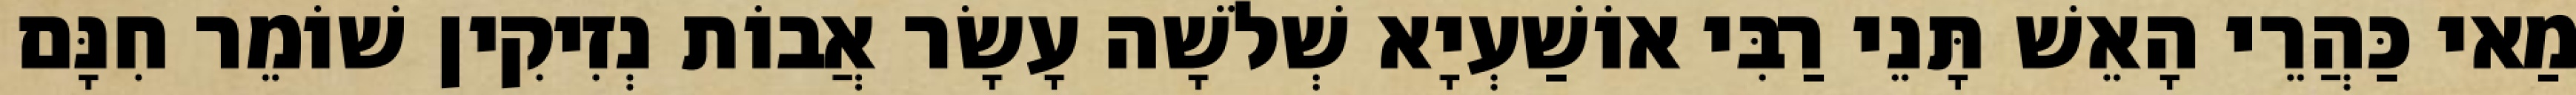
מַאי כַּהֲרֵי הָאֵשׁ תָּנֵי רַבִּי אוֹשַׁעְיָא שְׁלֹשָׁה עָשָׂר אֲבוֹת נְזִיקִין שׁוֹמֵר חִנָּם